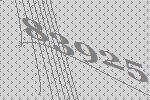
83925